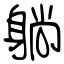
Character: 躺